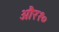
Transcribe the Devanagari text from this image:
और१०